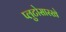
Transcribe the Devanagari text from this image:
प्लुटोसारखे